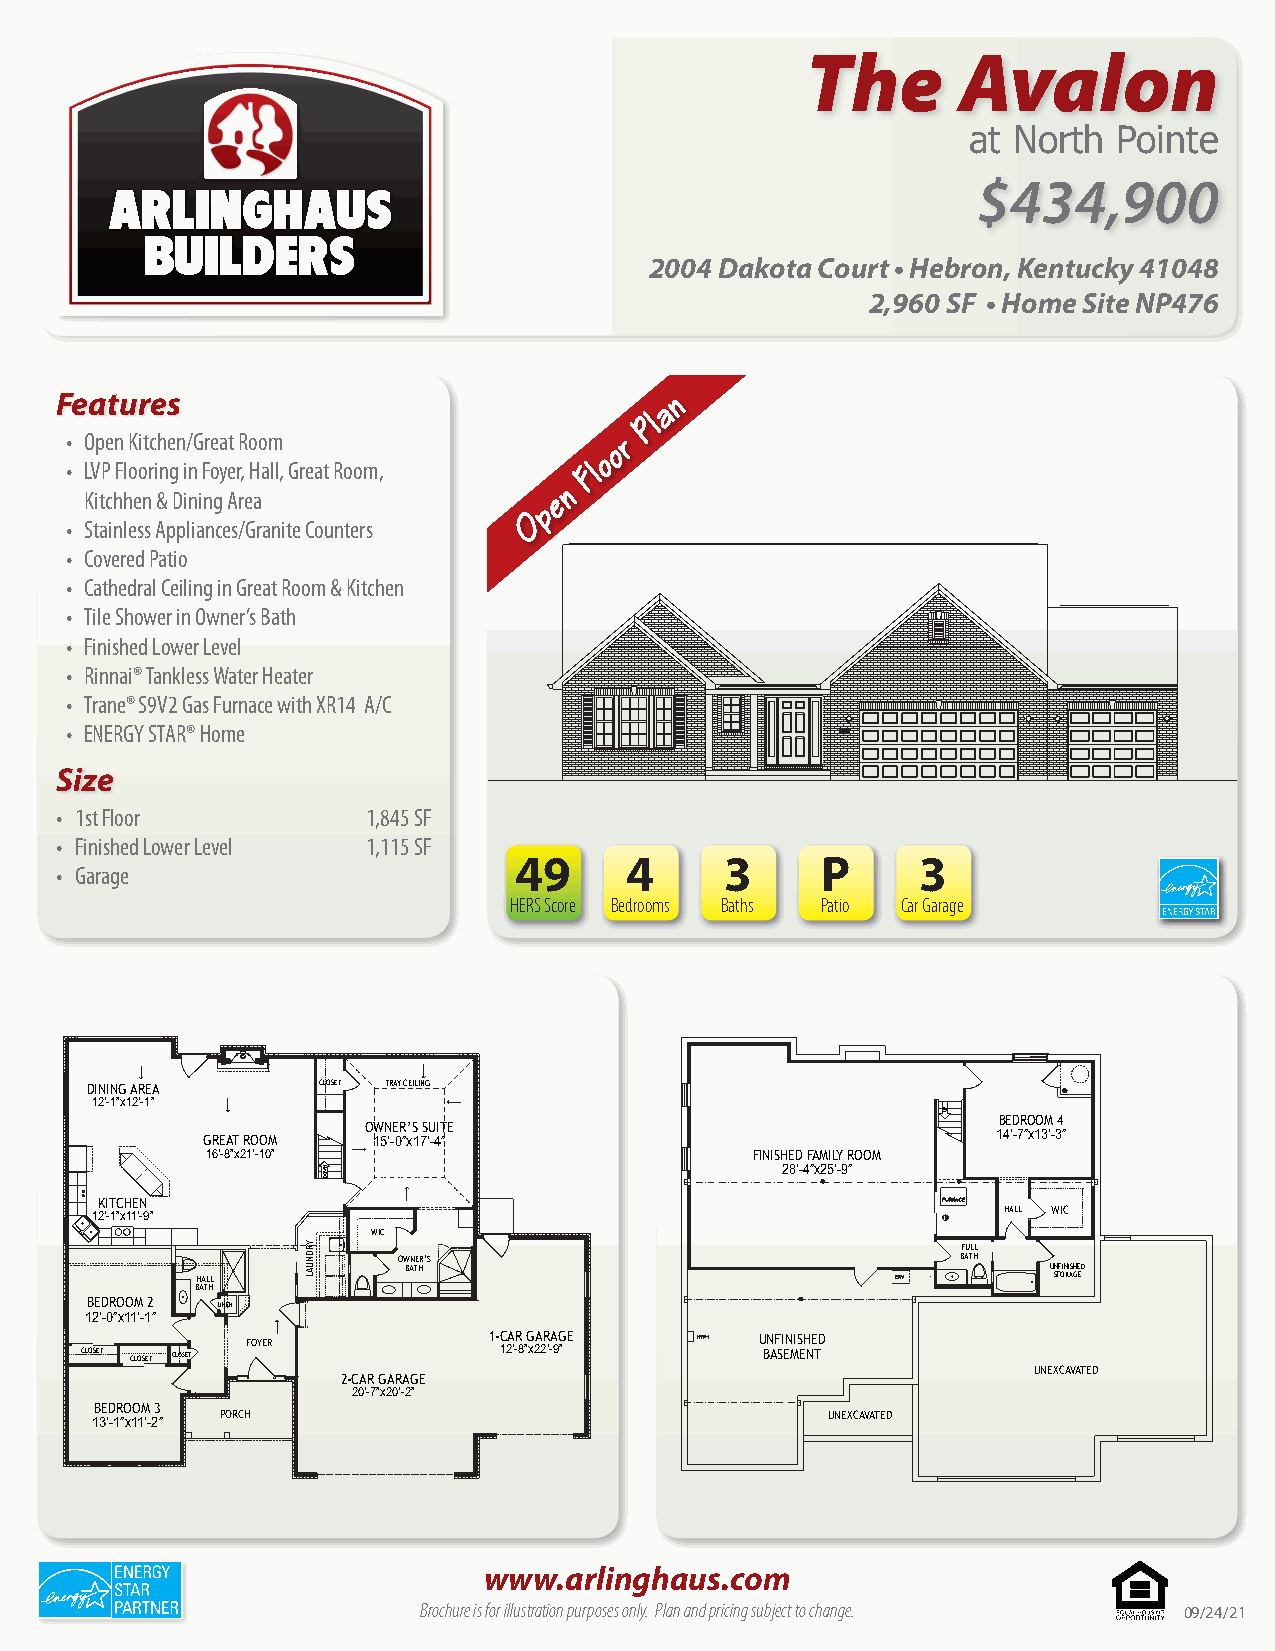
The       Avalon
 at North  Pointe
 $434,900
 ARLINGHAUS
 BUILDERS
 2004 Dakota Court • Hebron, Kentucky 41048
 2,960 SF • Home Site NP476
 Features                                n
 a
 Pl
 • Open Kitchen/Great Room            r
 o
 o
 • LVP Flooring in Foyer, Hall, Great Room, Fl
 n
 Kitchhen & Dining Area         e
 p
 O
 • Stainless Appliances/Granite Counters
 • Covered Patio
 • Cathedral Ceiling in Great Room & Kitchen
 • Tile Shower in Owner’s Bath
 • Finished Lower Level
 • Rinnai® Tankless Water Heater
 • Trane® S9V2 Gas Furnace with XR14 A/C
 • ENERGY STAR® Home
 Size
 • 1st Floor         1,845 SF
 • Finished Lower Level 1,115 SF
 49     4      3     P      3
 • Garage
 HERS Score Bedrooms Baths Patio Car Garage
 DINING AREA    CLOSET TRAY CEILING
 12’-1”x12’-1”
 BEDROOM 4
 OWNER’S SUITE
 GREAT ROOM  15’-0”x17’-4”                            14’-7”x13’-3”
 16’-8”x21’-10”                      FINISHED FAMILY ROOM
 28’-4”x25’-9”
 KITCHEN
 HALL WIC
 12’-1”x11’-9”
 WIC
 FULL
 OWNER’S                               BATH
 BATH                                       UNFINISHED
 HALL                                                     STORAGE
 BATH
 BEDROOM 2 LINEN
 12’-0”x11’-1”
 FOYER           1-CAR GARAGE      UNFINISHED
 CLOSET CLOSET CLOSET        12’-8”x22’-9”     BASEMENT
 UNEXCAVATED
 2-CAR GARAGE
 20’-7”x20’-2”
 BEDROOM 3
 PORCH                                   UNEXCAVATED
 13’-1”x11’-2”
 www.arlinghaus.com
 Brochure is for illustration purposes only. Plan and pricing subject to change. 09/24/21
 YRDNUAL
 NWOD
 PU